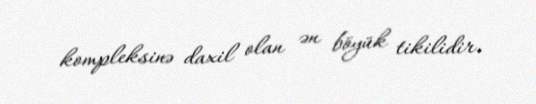
kompleksinə daxil olan ən böyük tikilidir.